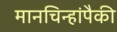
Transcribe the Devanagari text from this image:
मानचिन्हांपैकी